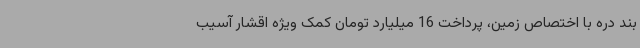
بند دره با اختصاص زمین، پرداخت 16 میلیارد تومان کمک ویژه اقشار آسیب